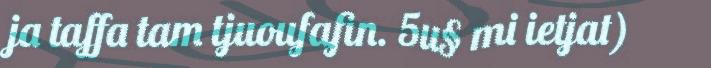
ja taffa tam tjuoufafin. 5u§ mi ietjat)